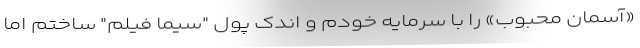
«آسمان محبوب» را با سرمایه خودم و اندک پول "سیما فیلم" ساختم اما